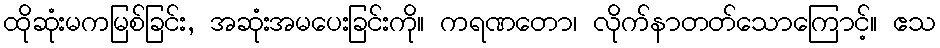
ထိုဆုံးမကမြစ်ခြင်း, အဆုံးအမပေးခြင်းကို။ ကရဏတော၊ လိုက်နာတတ်သောကြောင့်။ ဧသ